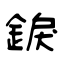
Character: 錑